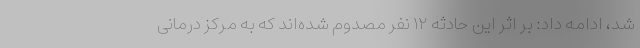
شد، ادامه داد: بر اثر این حادثه ۱۲ نفر مصدوم شده‌اند که به مرکز درمانی